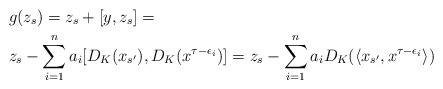
LaTeX: \begin{align*}&g(z_s)=z_s+[y,z_s]=\\&z_s-\sum_{i=1}^na_i[D_K(x_{s'}),D_K(x^{\tau-\epsilon_i})]=z_s-\sum_{i=1}^n a_i D_K(\langle x_{s'},x^{\tau-\epsilon_i}\rangle)\end{align*}